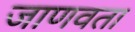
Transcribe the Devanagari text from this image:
जाणवता